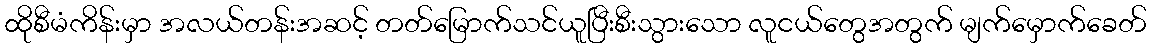
ထိုစီမံကိန်းမှာ အလယ်တန်းအဆင့် တတ်မြောက်သင်ယူပြီးစီးသွားသော လူငယ်တွေအတွက် မျက်မှောက်ခေတ်